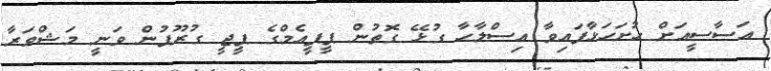
އަސާސީއަށް ހުށަހަޅާފައިވާ އިސްލާހާ ގުޅޭ ގޮތުން ޕީޕީއެމްގެ ޕީޖީ ގުރޫޕުން ވަނީ މަޝްވަރާ